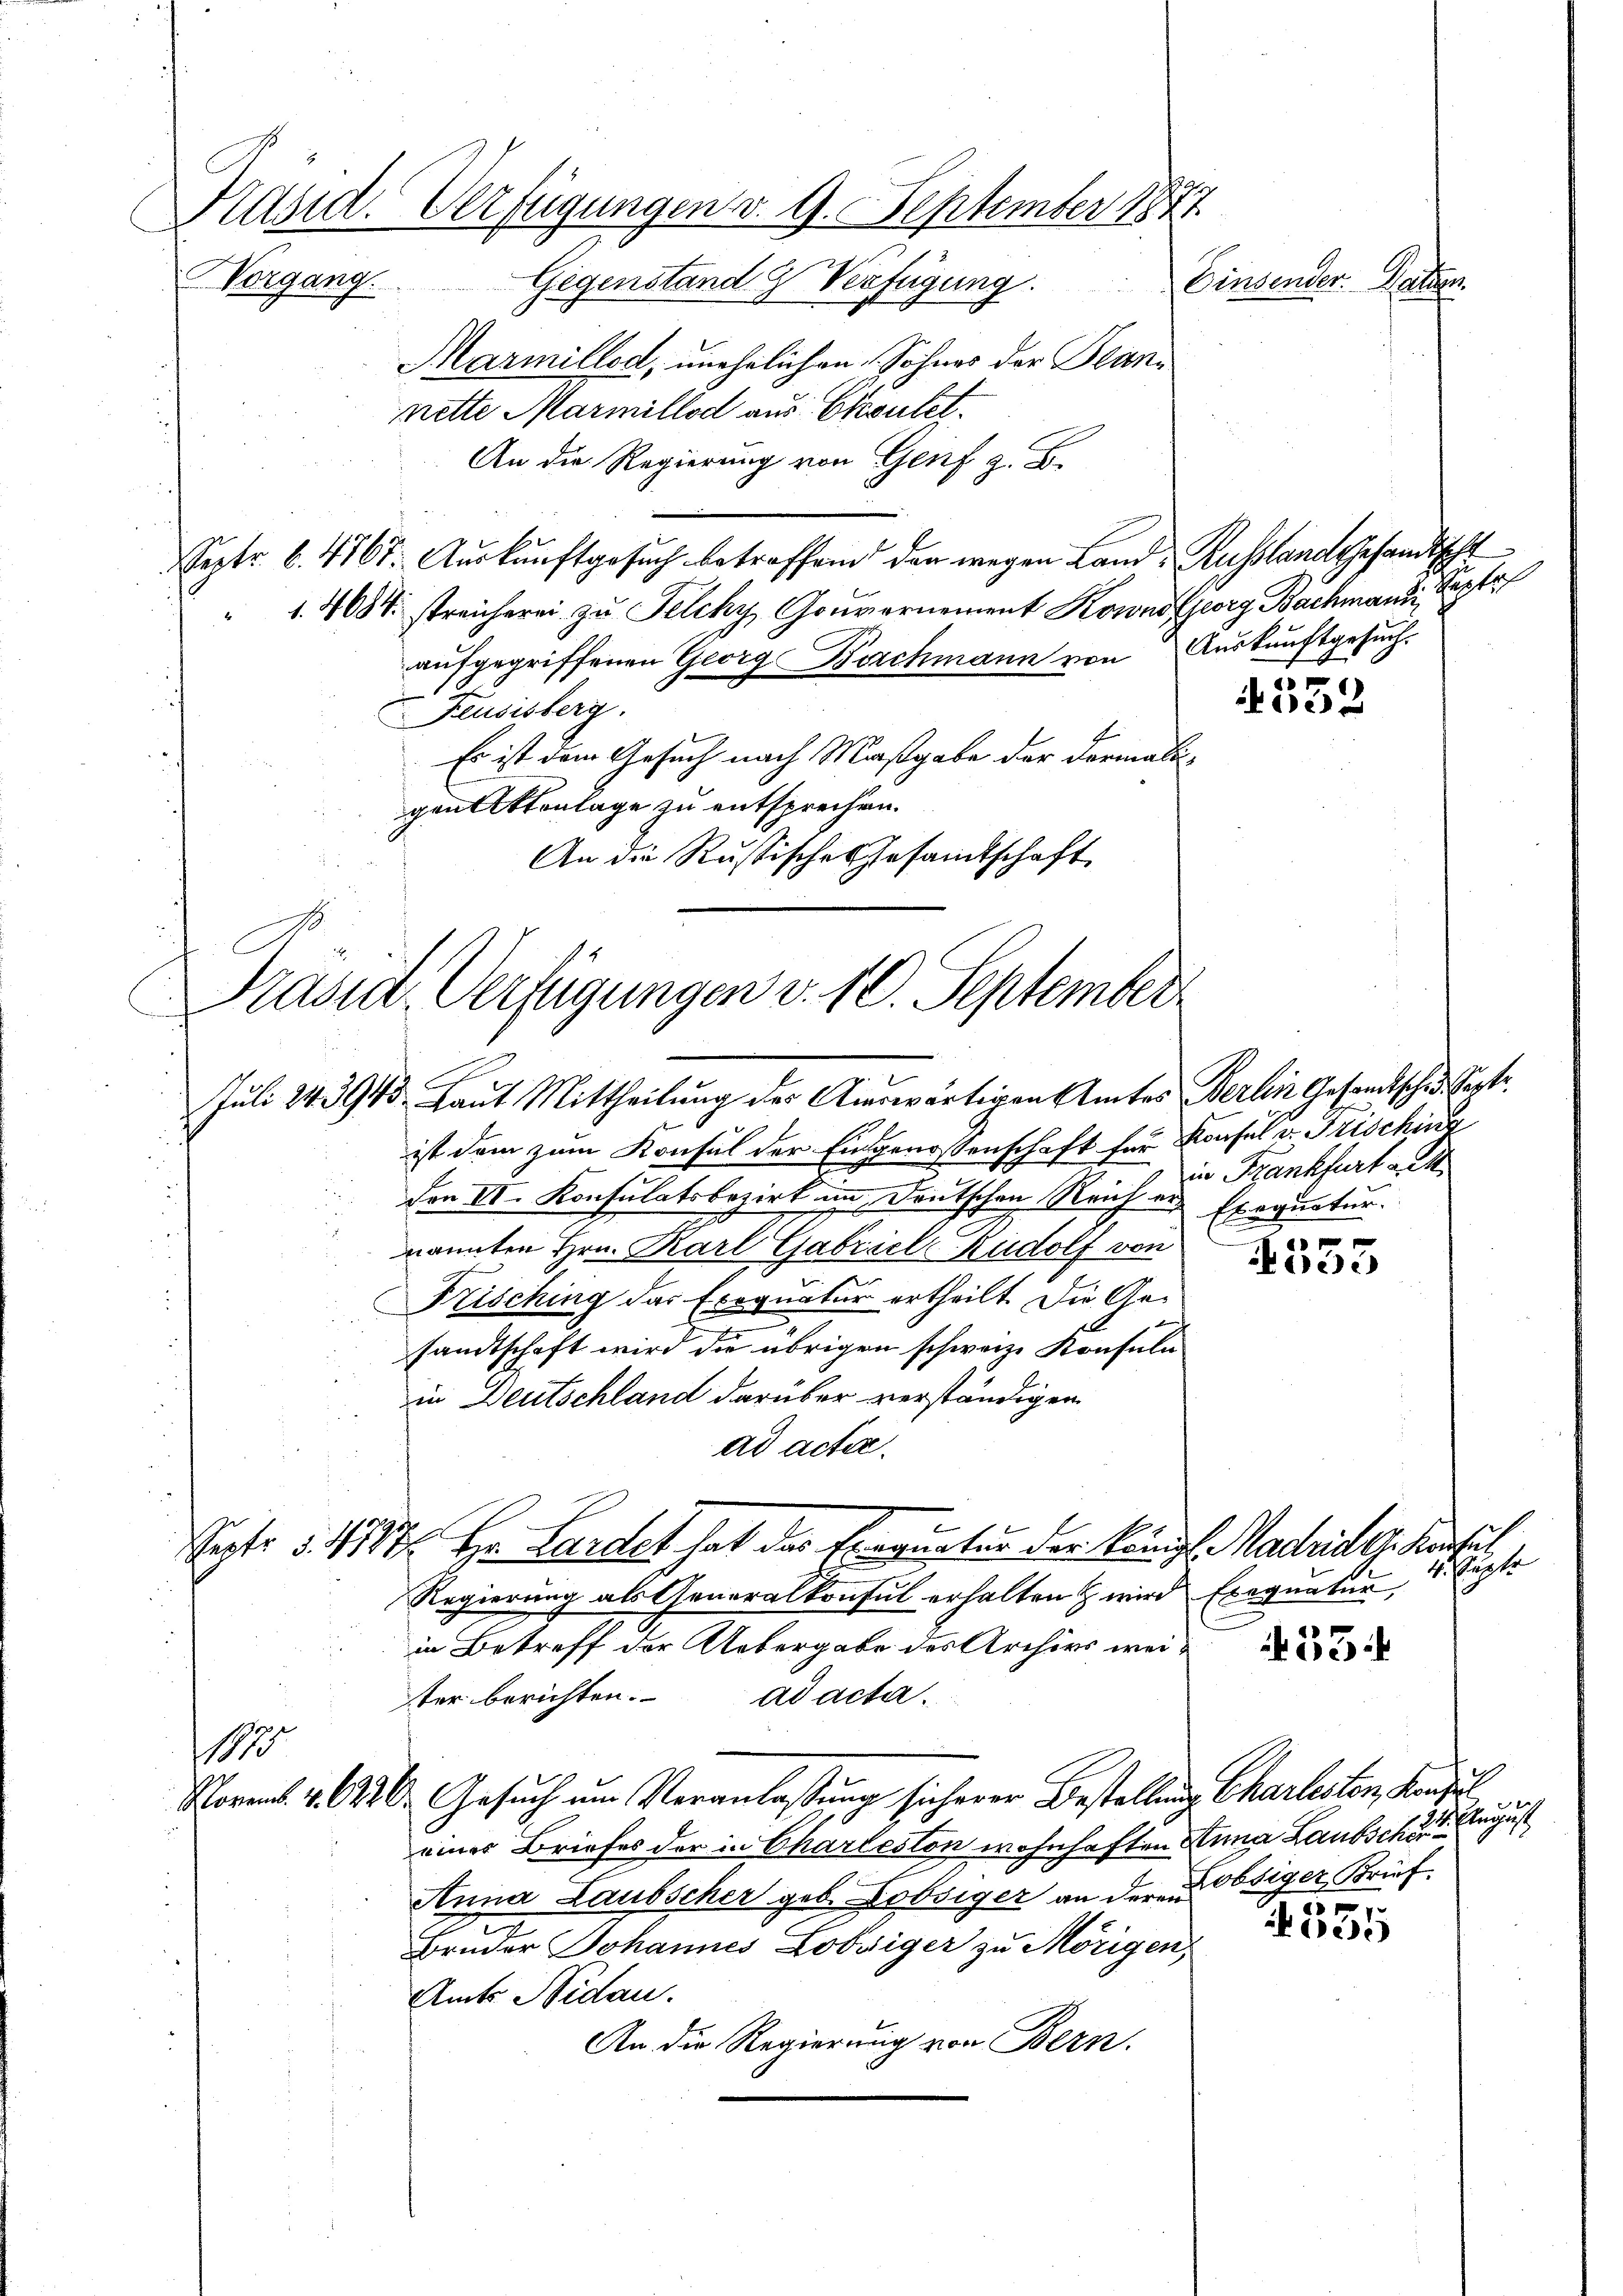
Präsid. Verfügungen v. 9. September 1877
Vorgang.
Einsender. Daten.
Gegenstand & Verfügung.
Marmillod, unehelichen Sohnes der Bean¬

e

nette Marmillod aus Eksutet.
An die Regierung von Genf z. B.
Septr. 6. 4767. Auskunftgesuch betreffend den wegen Land- Russlandsesandtscht
1. 4684. streicherei zu Felcky, Gouvernement Kowno Georg Bachmann, Kapto
aufgegriffenen Georg Birchmann von Auskunftgesuch.
Feusisberg.
Es ist dem Gesuch nach Maßgabe der Formali
gen Aktenlage zu entsprechen.
An die Russische Gesamtschaft

Präsid. Verfügungen v. 10. September
Juli 24. 3943. Laut Mittheilung des Auswärtigen Amtes Berlin Gesamtsched. Sept

h

1880

ist dem zum Konsul der Eingenossenschaft für Konsul v. Frisching
den II. Konsulatsbezirk im Deutschen Reichen Exequatur.
nannten Hrn. Karl Gabriel Rudolf von
Frisching das Exequatur ertheilt. Die Gesandtschaft wird die übrigen schweiz. Konsuln
in Deutschland darüber verständigen
ad acter.
Regierung als Generalkonsul erhalten & wird Exequatur,
in Betreff der Uebergabe des Archivs weiter berichten. ad acta.
Nornb. 4. 6420. Gesuch um Veranlaßung sicherer Bestellung Charlesten, Konsul
eines Briefes der in Charteston wohnhaften Anna Laubschu
Anna Laubscher geb. Dobsiger an deren Obsiger Brief
Bruder Johannes Lobssiger zu Mörigen,
Amts Nidau.
An die Regierung von Bern.

Sept: 5. 1784/ Hrn. Lardet hat das Exequatur der Königl. Madridg. Kotul

4532

in Frankfurt auf
 x

Kirche

33:

e

.

4. Septe

flingesch